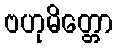
ဗဟုမိတ္တော